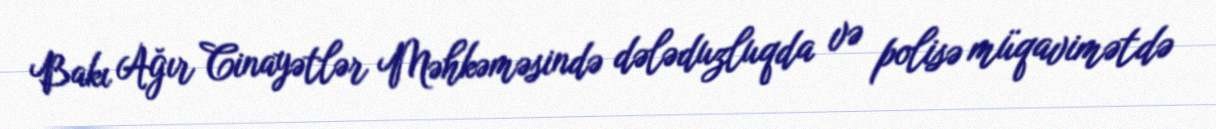
Bakı Ağır Cinayətlər Məhkəməsində dələduzluqda və polisə müqavimətdə